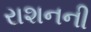
રાશનની